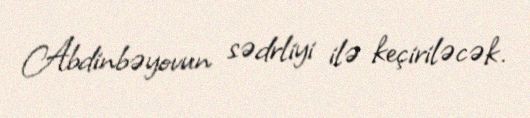
Abdinbəyovun sədrliyi ilə keçiriləcək.